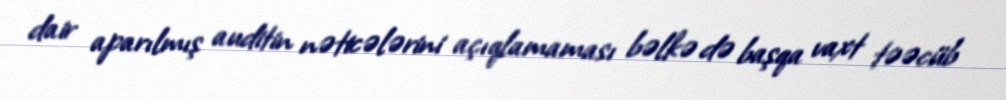
dair aparılmış auditin nəticələrini açıqlamaması bəlkə də başqa vaxt təəcüb